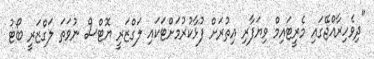
"ދިވެހިރާއްޖޭގައި މެރީޓައިމް ވިޔަފާރި އިތުރަށް ފުޅާކުރުމަށްޓަކައި ލަގްޒަރީ ޔޮޓްސް ނުވަތަ ލަގްޒަރީ ބޯޓު